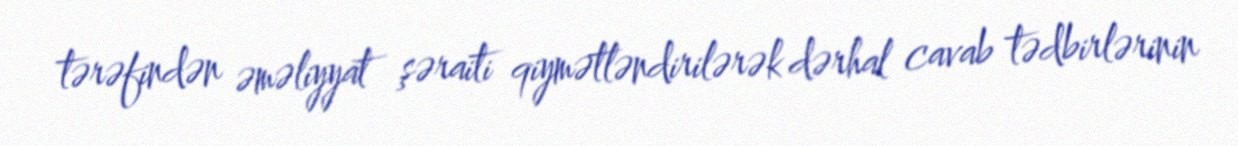
tərəfindən əməliyyat şəraiti qiymətləndirilərək dərhal cavab tədbirlərinin